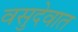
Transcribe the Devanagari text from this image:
वसुदेवात